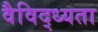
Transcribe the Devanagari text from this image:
वैविद्ध्यता